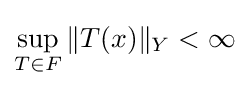
\sup _{T\in F}\|T(x)\|_{Y}<\infty